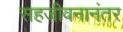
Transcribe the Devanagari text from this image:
सहजीवनानंतर